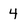
Character: 4